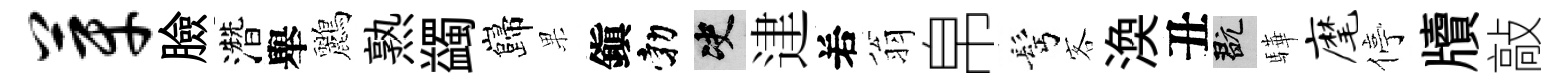
芽臉濳舉鸝熟蠲巋果鎭勃决䢖𠰥翁帛髩客渙丑玩驊麾停牘敲